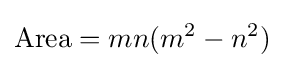
{\text{Area}}=mn(m^{2}-n^{2})